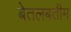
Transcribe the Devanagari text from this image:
बेतलबतीम